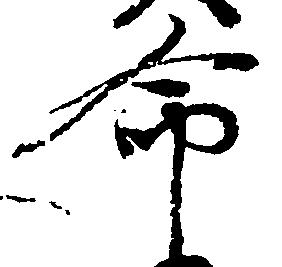
命